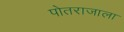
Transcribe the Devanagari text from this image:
पोतराजाला